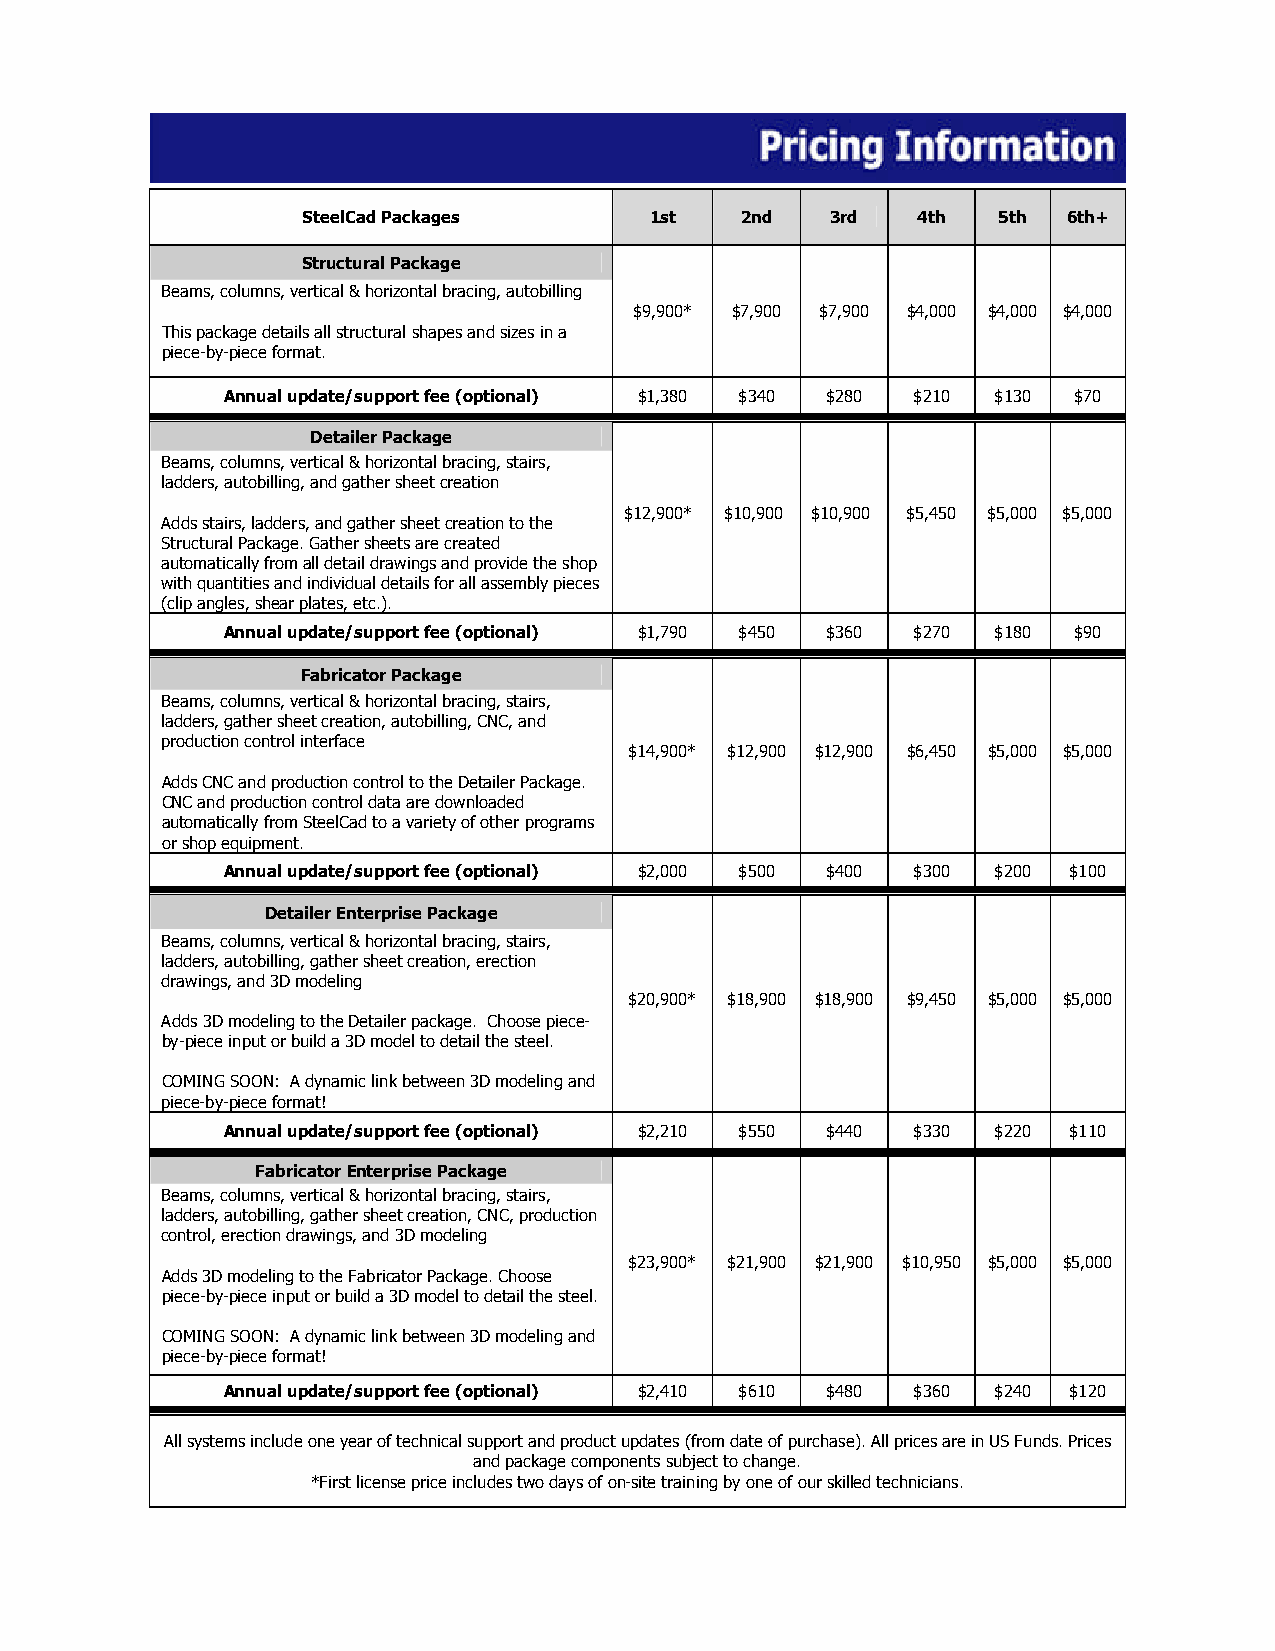
SteelCad Packages      1st   2nd   3rd   4th  5th  6th+
 Structural Package
 Beams, columns, vertical & horizontal bracing, autobilling
 $9,900* $7,900 $7,900 $4,000 $4,000 $4,000
 This package details all structural shapes and sizes in a
 piece-by-piece format.
 Annual update/support fee (optional) $1,380 $340 $280 $210 $130 $70
 Detailer Package
 Beams, columns, vertical & horizontal bracing, stairs,
 ladders, autobilling, and gather sheet creation
 $12,900* $10,900 $10,900 $5,450 $5,000 $5,000
 Adds stairs, ladders, and gather sheet creation to the
 Structural Package. Gather sheets are created
 automatically from all detail drawings and provide the shop
 with quantities and individual details for all assembly pieces
 (clip angles, shear plates, etc.).
 Annual update/support fee (optional) $1,790 $450 $360 $270 $180 $90
 Fabricator Package
 Beams, columns, vertical & horizontal bracing, stairs,
 ladders, gather sheet creation, autobilling, CNC, and
 production control interface
 $14,900* $12,900 $12,900 $6,450 $5,000 $5,000
 Adds CNC and production control to the Detailer Package.
 CNC and production control data are downloaded
 automatically from SteelCad to a variety of other programs
 or shop equipment.
 Annual update/support fee (optional) $2,000 $500 $400 $300 $200 $100
 Detailer Enterprise Package
 Beams, columns, vertical & horizontal bracing, stairs,
 ladders, autobilling, gather sheet creation, erection
 drawings, and 3D modeling
 $20,900* $18,900 $18,900 $9,450 $5,000 $5,000
 Adds 3D modeling to the Detailer package. Choose piece-
 by-piece input or build a 3D model to detail the steel.
 COMING SOON: A dynamic link between 3D modeling and
 piece-by-piece format!
 Annual update/support fee (optional) $2,210 $550 $440 $330 $220 $110
 Fabricator Enterprise Package
 Beams, columns, vertical & horizontal bracing, stairs,
 ladders, autobilling, gather sheet creation, CNC, production
 control, erection drawings, and 3D modeling
 $23,900* $21,900 $21,900 $10,950 $5,000 $5,000
 Adds 3D modeling to the Fabricator Package. Choose
 piece-by-piece input or build a 3D model to detail the steel.
 COMING SOON: A dynamic link between 3D modeling and
 piece-by-piece format!
 Annual update/support fee (optional) $2,410 $610 $480 $360 $240 $120
 All systems include one year of technical support and product updates (from date of purchase). All prices are in US Funds. Prices
 and package components subject to change.
 *First license price includes two days of on-site training by one of our skilled technicians.